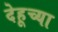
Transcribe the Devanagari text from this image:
देहूच्या